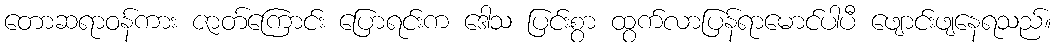
တောဆရာဝန်ကား ဇာတ်ကြောင်း ပြောရင်းက ဒေါသ ပြင်းစွာ ထွက်လာပြန်ရာမောင်ပါပီ ဖျောင်းဖျနေရသည်။